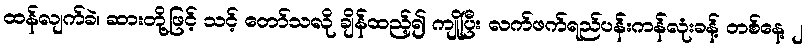
ထန်လျက်ခဲ၊ ဆားတို့ဖြင့် သင့် တော်သလို ချိန်ထည့်၍ ကျိုပြီး လက်ဖက်ရည်ပန်းကန်လုံးခန့် တစ်နေ့ ၂